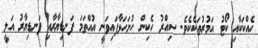
ހެއްކަކާއި ކޯޓު އަމުރުތަކެކެވެ. ސިއްރު ހެކިން ހުށަހަޅާފައިވަނީ އުއްތަމަ ފަނޑިޔާރާއި ފަނޑިޔާރު އަލީ